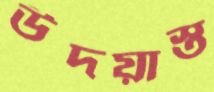
উদয়াস্ত